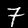
Digit: 7